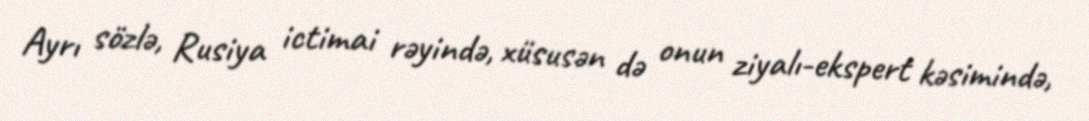
Ayrı sözlə, Rusiya ictimai rəyində, xüsusən də onun ziyalı-ekspert kəsimində,